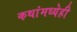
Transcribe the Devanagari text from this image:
कथांमध्येही